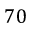
7 0